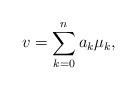
LaTeX: \begin{align*}v = \sum_{k=0}^n a_k \mu_k,\end{align*}